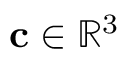
\mathbf { c } \in \mathbb { R } ^ { 3 }